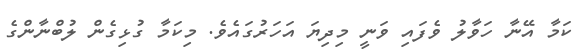
ކަމާ އޭނާ ހަވާލު ވެފައި ވަނީ މިދިޔަ އަހަރުގައެވެ. މިކަމާ ގުޅިގެން ލުބްނާންގެ